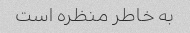
به خاطر منظره است